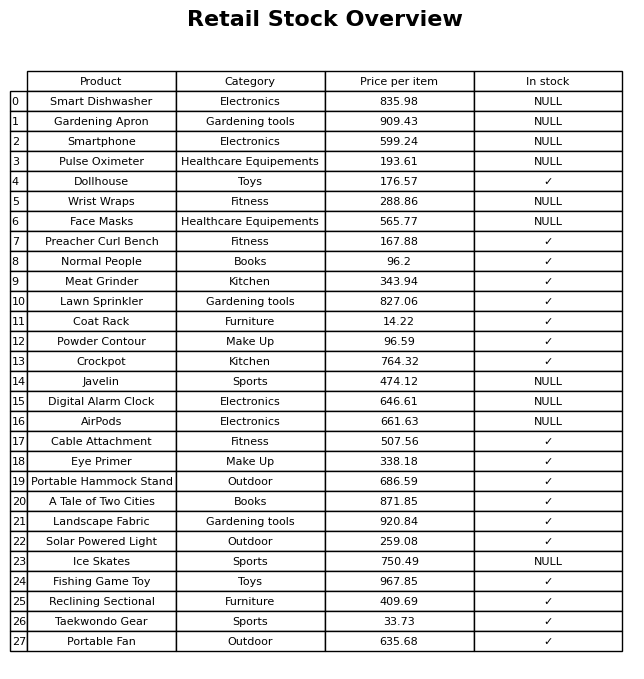
question: What is the stock status of the AirPods?
answer: NULL